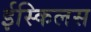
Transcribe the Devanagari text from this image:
ईस्किलस